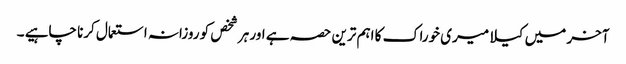
آخر میں کیلا میری خوراک کا اہم ترین حصہ ہے اور ہر شخص کو روزانہ استعمال کرنا چاہیے ۔